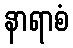
နာရာစံ